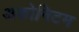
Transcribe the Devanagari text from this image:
अकोनिटम